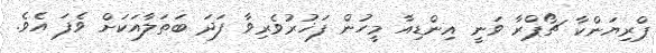
ޕްރިޔަންކާ ޗޯޕްރާ ވަނީ އިންޑިއާ މީހުން ފަޚުރުވެރިވާ ފަދަ ބަތަލާއަކަށް ވެފަ އެވެ.